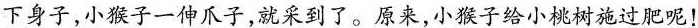
下身子，小猴子一伸爪子，就采到了。原来，小猴子给小桃树施过肥呢！